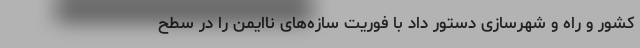
کشور و راه و شهرسازی دستور داد با فوریت سازه‌های ناایمن را در سطح